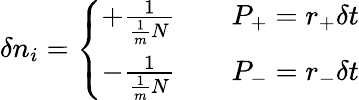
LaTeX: \delta n_{i}=\left\{ \begin{array}{ll}{+\frac{1}{\frac{1}{m}N}}&{\quad P_{+}=r_{+}\delta t}\\ {-\frac{1}{\frac{1}{m}N}}&{\quad P_{-}=r_{-}\delta t}\end{array}\right.